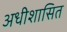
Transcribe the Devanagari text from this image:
अधीशासित